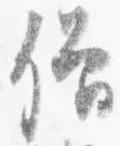
僧